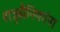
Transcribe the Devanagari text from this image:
शत्रुसैनिकांना